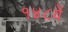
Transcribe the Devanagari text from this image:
१४८वें